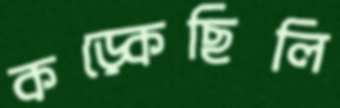
কড়্‌কেছিলি